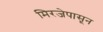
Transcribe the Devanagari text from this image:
मिरजेपासून